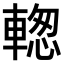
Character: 𨍉